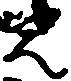
先